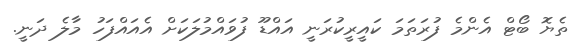
ތެޔޮ ބޯޓް އެންމެ ފުރަތަމަ ކައީރީކުރަނީ އައްޑޫ ފުވައްމުލަކަށް އެއައްފަހު މަާލެ ދަނީ.